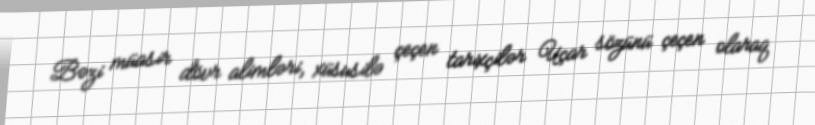
Bəzi müasir dövr alimləri, xüsusilə çeçen tarixçilər Uçar sözünü çeçen olaraq